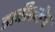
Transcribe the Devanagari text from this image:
डावीकडेच